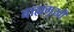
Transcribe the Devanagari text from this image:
बाह्यमुखी